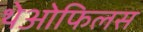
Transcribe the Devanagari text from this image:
थेओफिलस